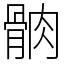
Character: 䯐